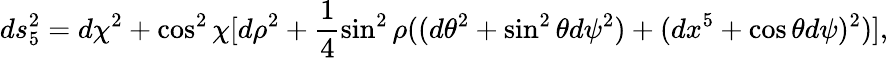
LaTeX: ds_{5}^{2}=d\chi^{2}+\cos^{2}\chi[d\rho^{2}+\frac{1}{4}\sin^{2}\rho((d\theta^{2}+\sin^{2}\theta d\psi^{2})+(dx^{5}+\cos\theta d\psi)^{2})],